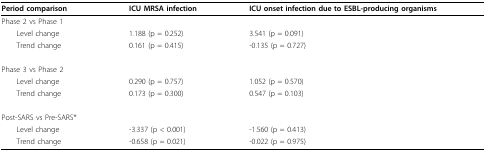
<table><thead><tr><td><b>Period comparison</b></td><td><b>ICU MRSA infection</b></td><td><b>ICU onset infection due to ESBL-producing organisms</b></td></tr></thead><tbody><tr><td>Phase 2 vs Phase 1</td><td></td><td></td></tr><tr><td> Level change</td><td>1.188 (p = 0.252)</td><td>3.541 (p = 0.091)</td></tr><tr><td> Trend change</td><td>0.161 (p = 0.415)</td><td>-0.135 (p = 0.727)</td></tr><tr><td>Phase 3 vs Phase 2</td><td></td><td></td></tr><tr><td> Level change</td><td>0.290 (p = 0.757)</td><td>1.052 (p = 0.570)</td></tr><tr><td> Trend change</td><td>0.173 (p = 0.300)</td><td>0.547 (p = 0.103)</td></tr><tr><td>Post-SARS vs Pre-SARS*</td><td></td><td></td></tr><tr><td> Level change</td><td>-3.337 (p &lt; 0.001)</td><td>-1.560 (p = 0.413)</td></tr><tr><td> Trend change</td><td>-0.658 (p = 0.021)</td><td>-0.022 (p = 0.975)</td></tr></tbody></table>